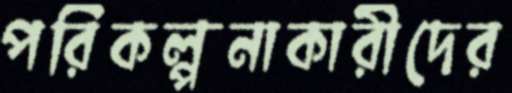
পরিকল্পনাকারীদের